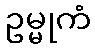
ဥမ္မုကံ